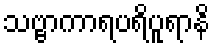
သဗ္ဗာကာရပရိပူရာနိ